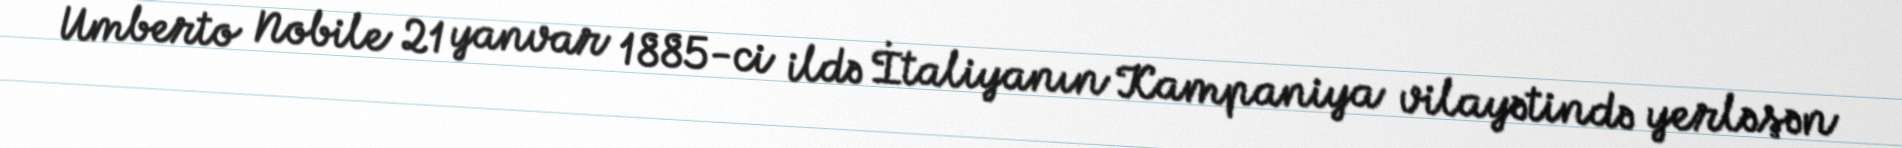
Umberto Nobile 21 yanvar 1885-ci ildə İtaliyanın Kampaniya vilayətində yerləşən